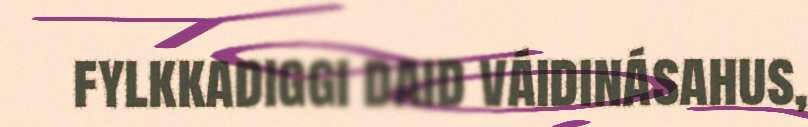
fylkkadiggi daid váidinásahus,